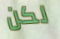
لكن